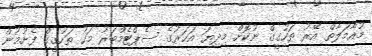
މުއާމަލާތް އޭރު ތަހުގީގް ނުކޮށް މިދިޔަ އަހަރުގެ ސެޕްޓެމްބަރު މަހު ތަހުގީގް ފެށުމުން